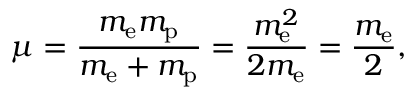
\mu = { \frac { m _ { \mathrm { e } } m _ { \mathrm { p } } } { m _ { \mathrm { e } } + m _ { \mathrm { p } } } } = { \frac { m _ { \mathrm { e } } ^ { 2 } } { 2 m _ { \mathrm { e } } } } = { \frac { m _ { \mathrm { e } } } { 2 } } ,